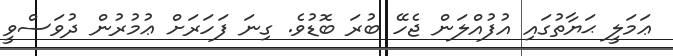
ޢަމަލީ ޙަޔާތުގައި އުފުއްލަން ޖެހޭ ބުރަ ބޮޑުވެ. ގިނަ ފަހަރަށް ޢުމުރުން ދުވަސްވީ